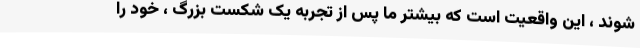
شوند ، این واقعیت است که بیشتر ما پس از تجربه یک شکست بزرگ ، خود را